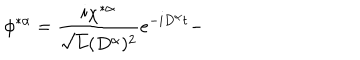
\phi ^ { * \alpha } = \frac { i \chi ^ { * \alpha } } { \sqrt { L } ( D ^ { \alpha } ) ^ { 2 } } e ^ { - i D ^ { \alpha } t } -